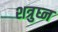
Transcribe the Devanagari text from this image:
शत्रुघ्‍न